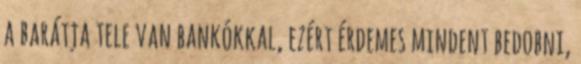
a barátja tele van bankókkal, ezért érdemes mindent bedobni,